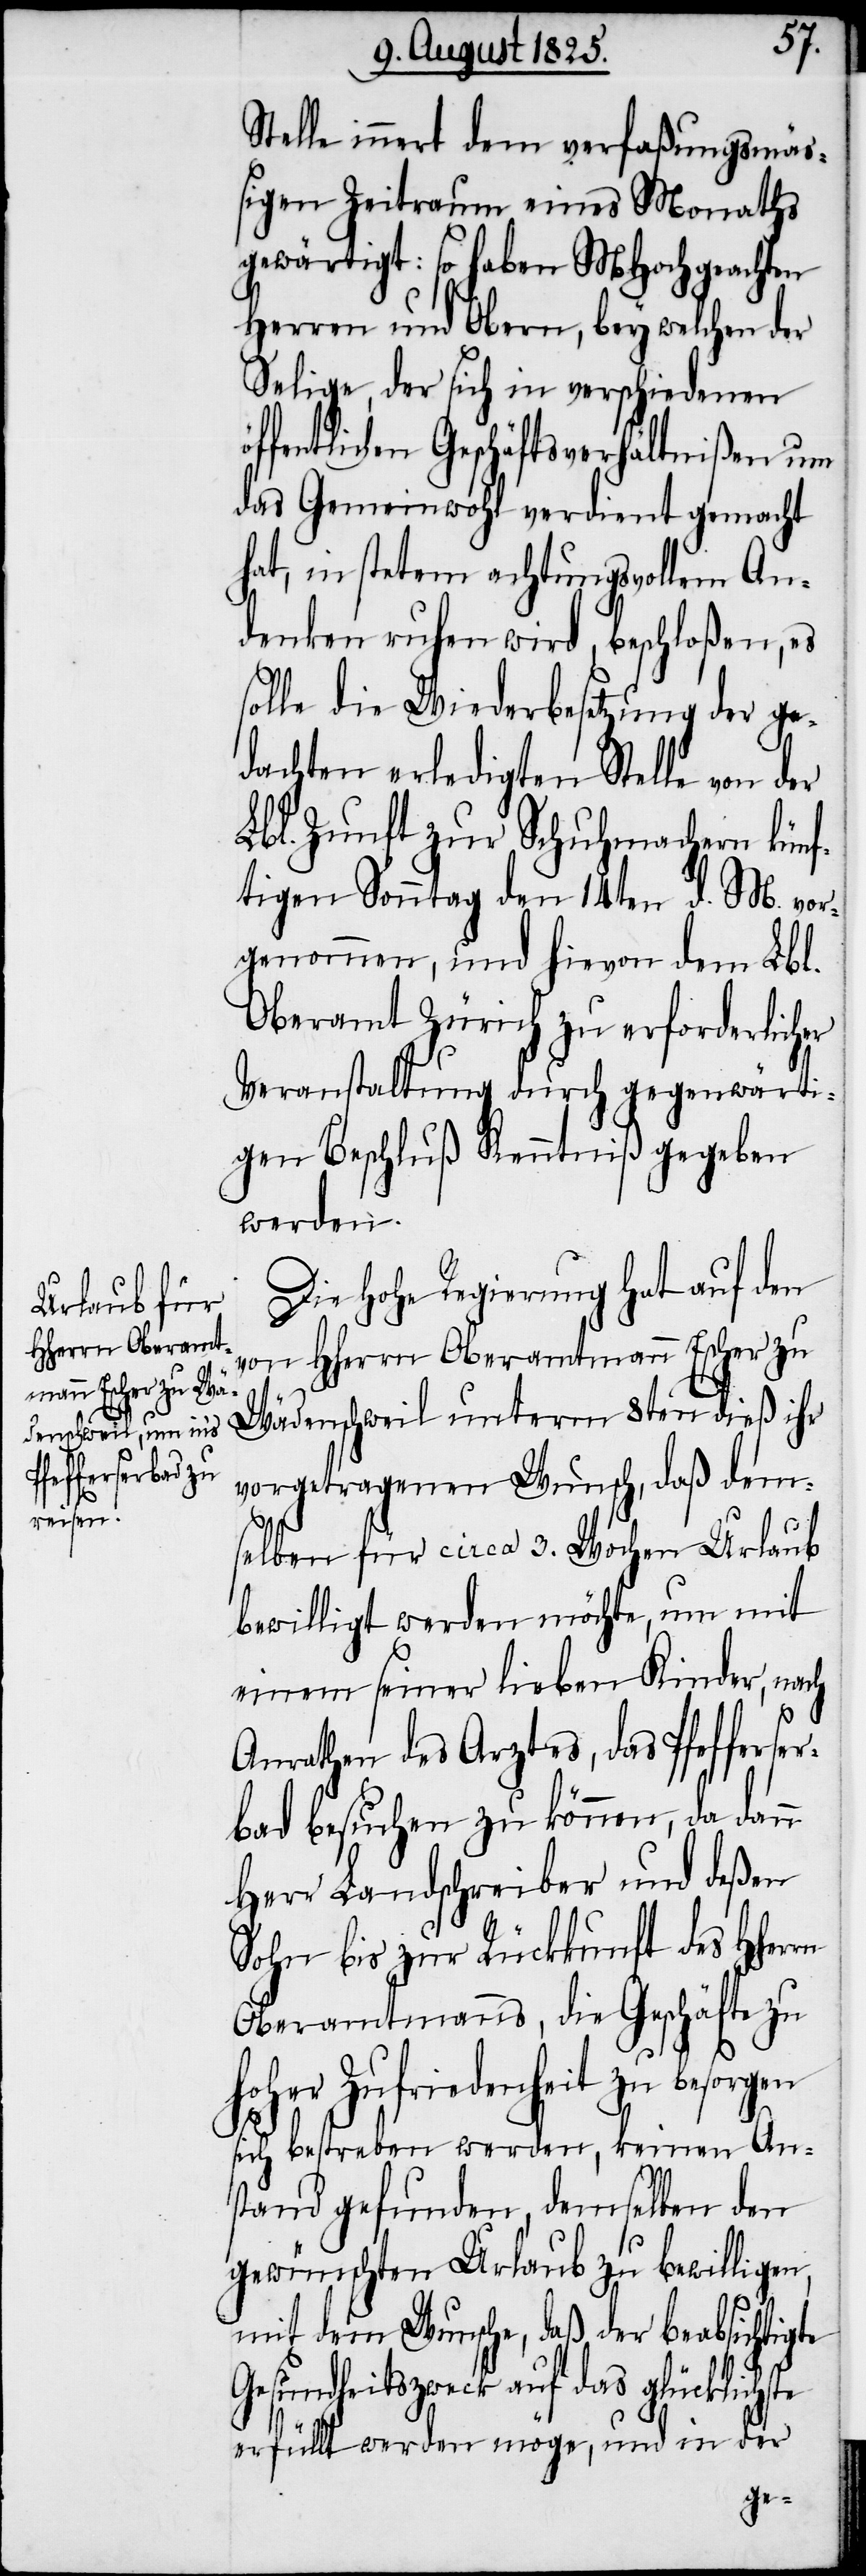
Stelle innert dem verfaßungsmäs¬
sigen Zeitraum eines Monaths
gewärtigt. So haben MHochgeachten
Herren und Obern, bey welchen der
Selige, der sich in verschiedenen
ffentlichen Geschäftsverhältnißen um
das Gemeinwohl verdient gemacht
hat, in stetem achtungsvollem An¬
denken ruhen wird, beschloßen, es
solle die Wiederbesetzung der ge¬
dachten erledigten Stelle von der
Lbl. Zunft zur Schuhmachern künf¬
tigen Sonntag den 14ten d. M. vor¬
genommen, und hievon dem Lbl.
Oberamt Zürich zu erforderlicher
Veranstaltung durch gegenwärti¬
gen Beschluß Kenntniß gegeben
werden.
Die hohe Regierung hat auf den
von Hherrn Oberamtmann Escher zu
Wädenschweil unterm 8ten dieß ihr
vorgetragenen Wunsch, daß dem¬
selben für circa 3. Wochen Urlaub
bewilligt werden möchte, um mit
einem seiner lieben Kinder, nach
ö¬
Anrathen des Arztes, das Pfefferser¬
bad besuchen zu können, da dann
Herr Landschreiber und deßen
Sohn bis zur Rückkunft des Hherrn
Oberamtmanns, die Geschäfte zu
hoher Zufriedenheit zu besor¬
sich bestreben werden, keinen An¬
stand gefunden, demselben den
gewünschten Urlaub zu bewilligen,
mit dem Wunsche, daß der beabsichtigte
Gesundheitszweck auf das glückliche
erfüllt werden möge, und in der
gen